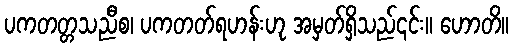
ပကတတ္တသညီစ၊ ပကတတ်ရဟန်းဟု အမှတ်ရှိသည်၎င်း။ ဟောတိ။